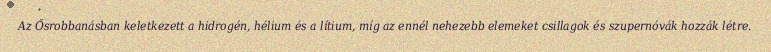
Az Ősrobbanásban keletkezett a hidrogén, hélium és a lítium, míg az ennél nehezebb elemeket csillagok és szupernóvák hozzák létre.